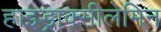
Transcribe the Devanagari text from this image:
हाइड्राक्सीलेमिन